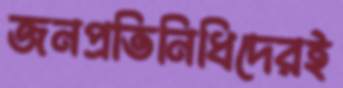
জনপ্রতিনিধিদেরই